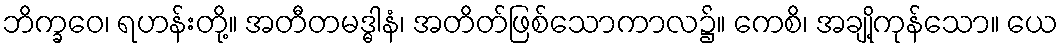
ဘိက္ခဝေ၊ ရဟန်းတို့။ အတီတမဒ္ဓါနံ၊ အတိတ်ဖြစ်သောကာလ၌။ ကေစိ၊ အချို့ကုန်သော။ ယေ